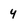
Character: 4